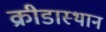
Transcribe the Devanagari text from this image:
क्रीडास्थान